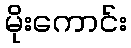
မိုးကောင်း